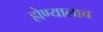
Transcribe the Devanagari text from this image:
होण्यालाच